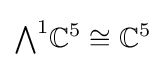
{\textstyle \bigwedge }^{1}\mathbb {C} ^{5}\cong \mathbb {C} ^{5}